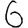
Digit: 6